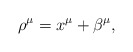
\begin{align*} \rho^\mu=x^\mu+\beta^\mu,\end{align*}